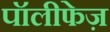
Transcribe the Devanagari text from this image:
पॉलीफेज़